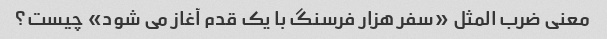
معنی ضرب المثل «سفر هزار فرسنگ با یک قدم آغاز می شود» چیست؟